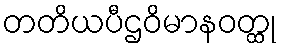
တတိယပီဌဝိမာနဝတ္ထု